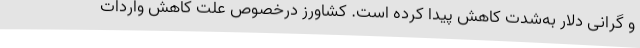
و گرانی دلار به‌شدت کاهش پیدا کرده است. کشاورز درخصوص علت کاهش واردات